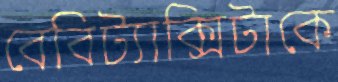
বেবিট্যাক্সিটাকে